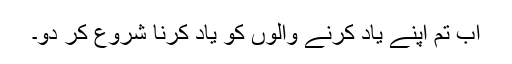
اب تم اپنے یاد کرنے والوں کو یاد کرنا شروع کر دو۔